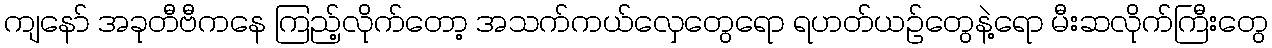
ကျနော် အခုတီဗီကနေ ကြည့်လိုက်တော့ အသက်ကယ်လှေတွေရော ရဟတ်ယဉ်တွေနဲ့ရော မီးဆလိုက်ကြီးတွေ